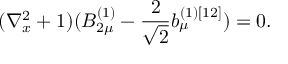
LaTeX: ( \nabla _ { x } ^ { 2 } + 1 ) ( B _ { 2 \mu } ^ { ( 1 ) } - \frac { 2 } { \sqrt { 2 } } b _ { \mu } ^ { ( 1 ) [ 1 2 ] } ) = 0 .